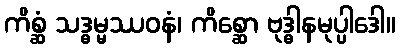
ကိစ္ဆံ သဒ္ဓမ္မဿဝနံ၊ ကိစ္ဆော ဗုဒ္ဓါနမုပ္ပါဒေါ။